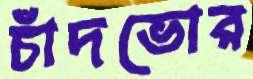
চাঁদভোর